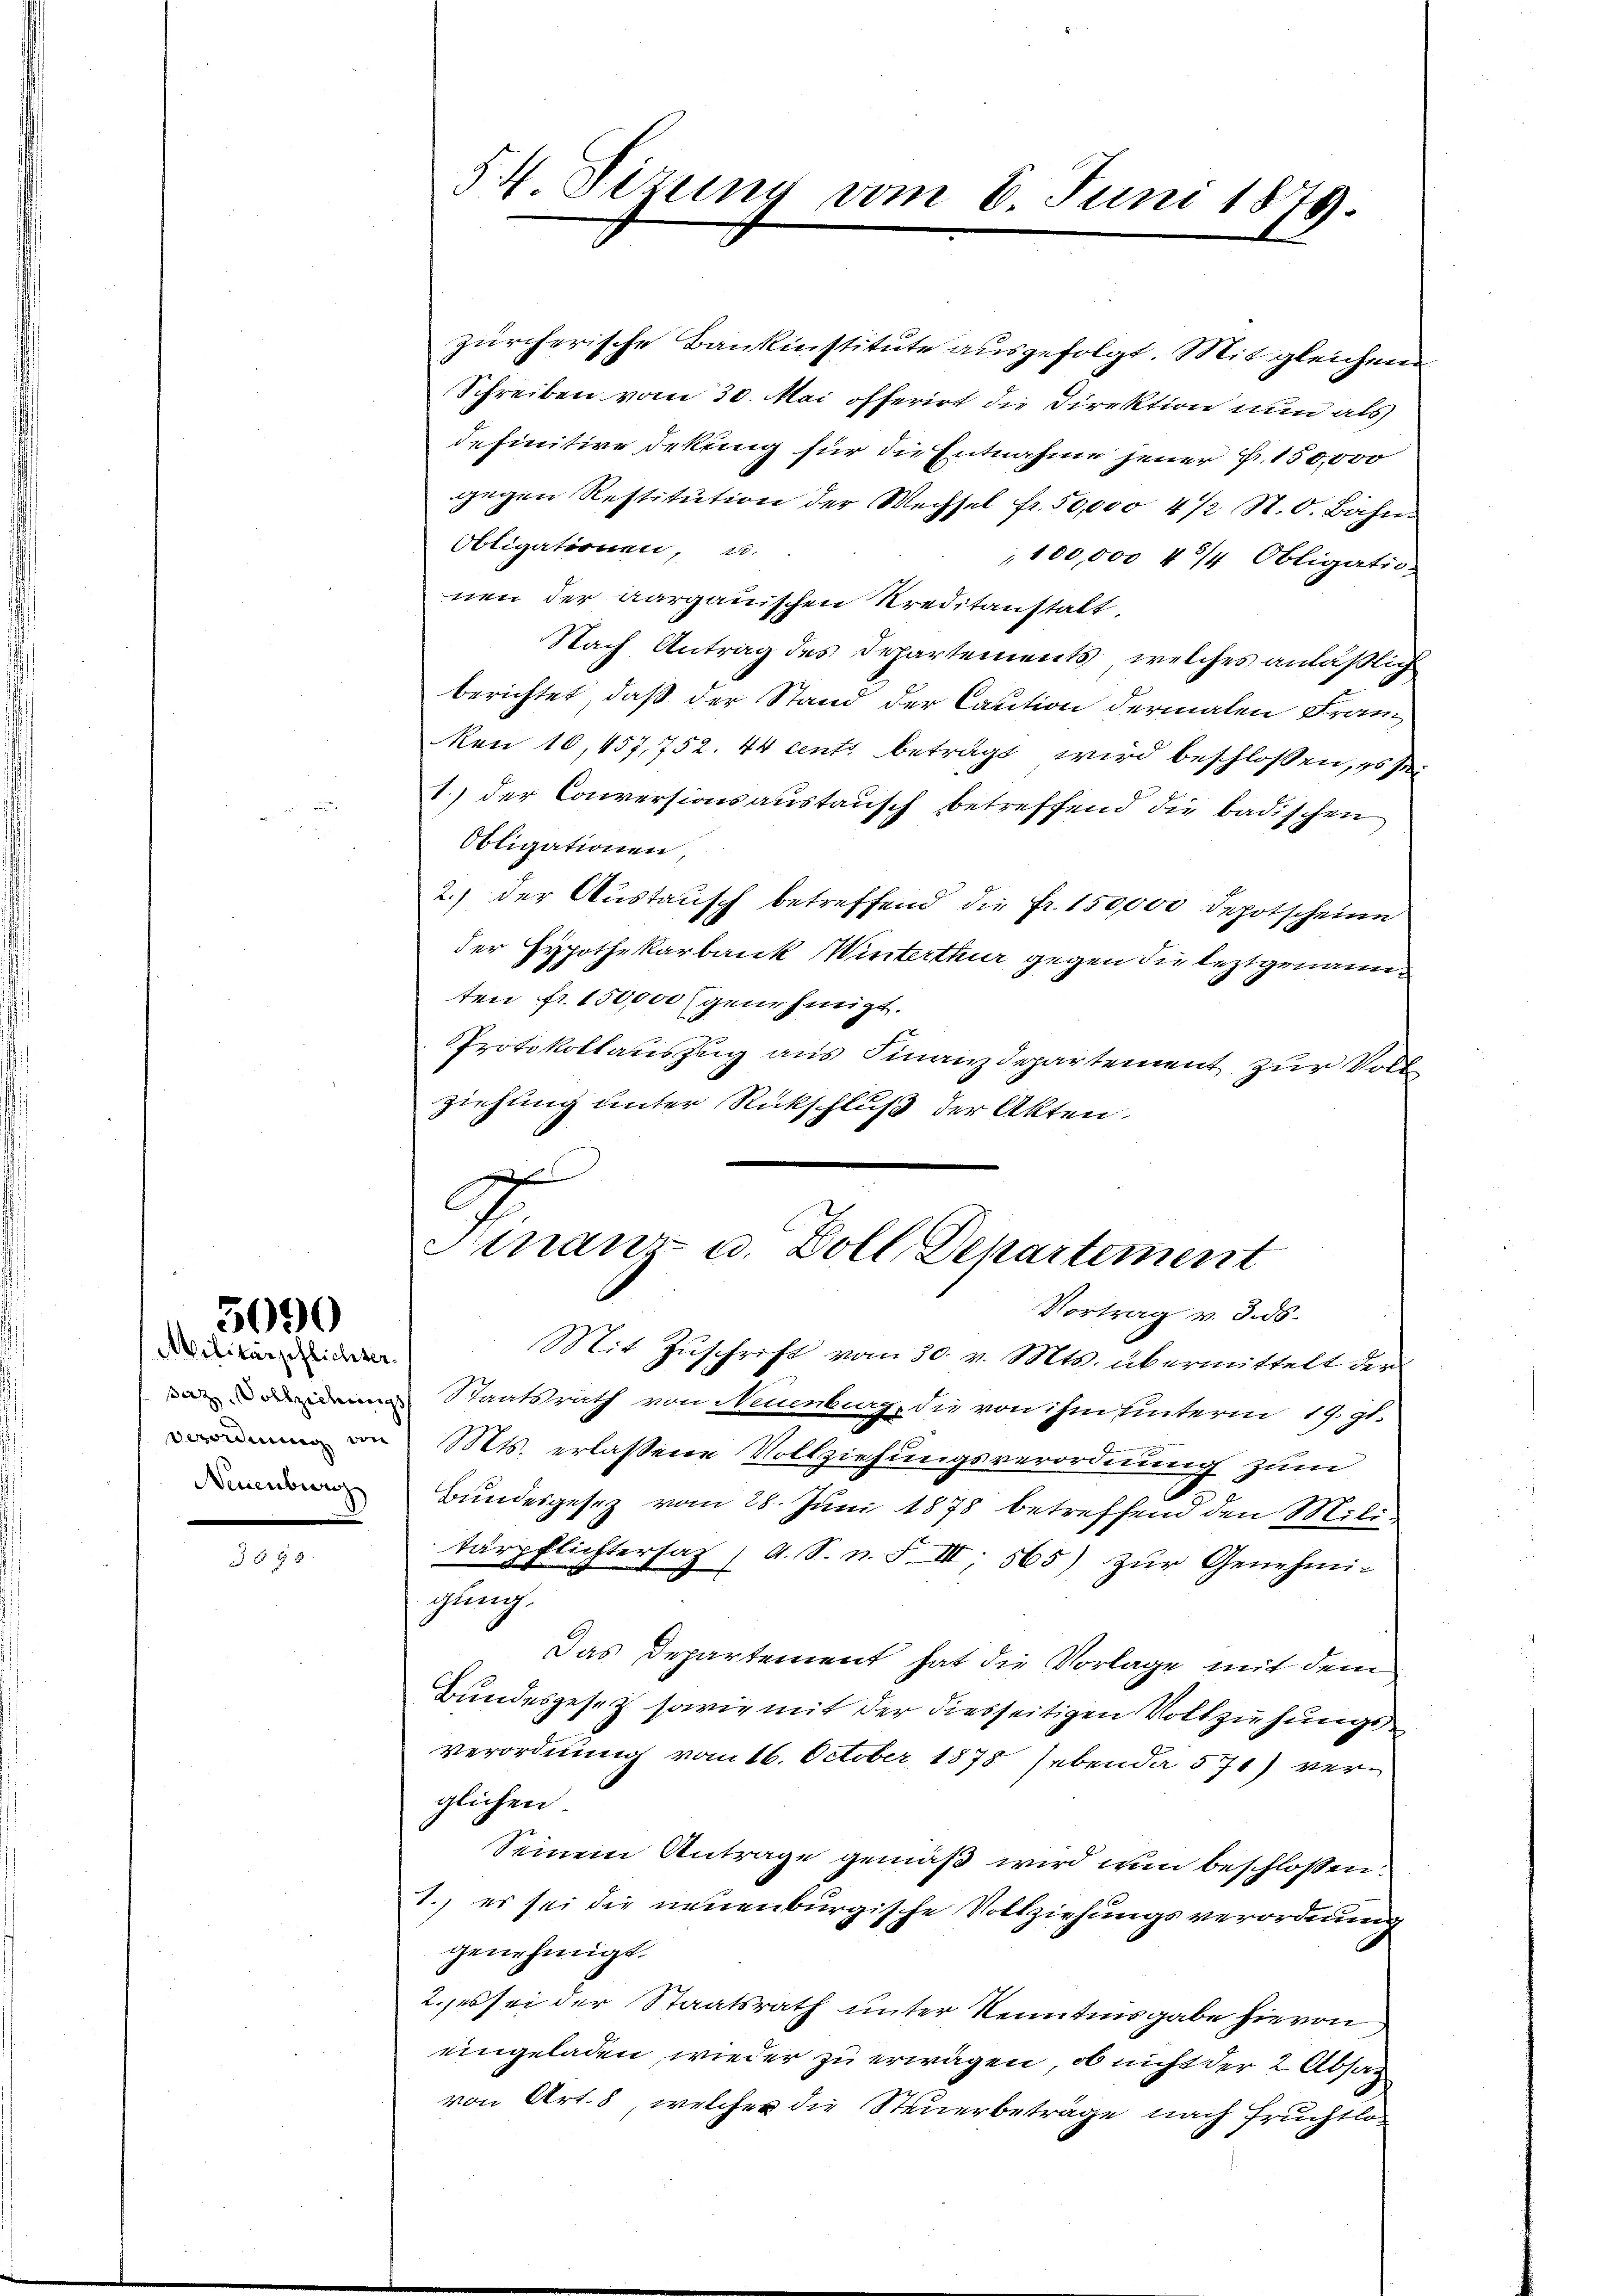
Militärpflichter.
Neuenburg

5090

§ 5

54. Sizung vom 8. Juni 1879.

zürcherische Bankinstitute ausgefolgt. Mit gleichen
Schreiben vom 30. Mai offerirt die Direktion nun als
definitive Dekung für die Entnahme jener Fr. 150,000
gegen Restitŭtion der Wechsel fr. 50,000 4 1/2 N. O. Bahn.
Obligationen, u.
100,000 4 3/4 Obligatio-
nen der aargauischen Kreditanstalt.
Nach Antrag des Departements, welches anläßlich
berichtet, daß der Stand der Caution dermalen Franz
Ron 10, 457,752. 44 cents beträgt wird beschlossen, es sei
1.) der Conversionsaustausch betreffend die badischen
Obligationen,
2.) der Austausch betreffend die Fr. 150000 depotscheine
der Hypothekarbank Winterthur gegen die leztgenannten fr. 150000 genehmigt.
Protokollauszug aus Finanzdepartement zur Voll
ziehung unter Rückschluß der Akten.
f
C

Finanz u. Zoll, Departement
Vortrag v. 3. ds.

Mit Zŭschrift vom 30. v. Mts. übermittelt der
 Staatsrath von Neuenburg, die von ihm hinterm 19. St.
 v. Mts. erlassene Vollziehungsverordnung zum
E
Bundesgesetz vom 28. Juni 1878 betreffend den Militärpflichtersaf (A. S. n. F. III 565) zŭr Genehmi-
gling.
Das Departement hat die Vorlage mit dem
Bundesgesetz sowie mit der diesseitigen Vollziehungs
verordnung vom 16. October 1878 hebenda 571) verglichen
Seinem Antrage gemäß wird nun beschlossen:
1.) es sei die neuenburgische Vollziehungsverordnung
genehmigt.
2. es sei der Staatsrath unter Kenntnisgabe hievon
eingeladen, wieder zu erwägen, ob nicht der 2. Absag
von Art. 8, welcher die Steuerbeträge nach Fruchtlo¬